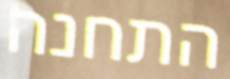
התחנה